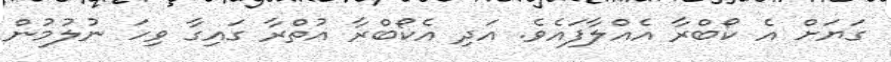
ގަޔަށް އެ ކޯބްރާ އެއްލާފައެވެ. އަދި އެކޯބްރާ އުތްރާ ގައިގާ ވިހަ ނުލުމުން